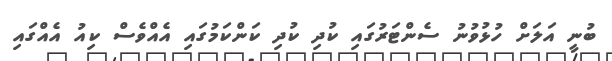
ބުނީ އަލަށް ހުޅުވުނު ސެންޓަރުގައި ކުދި ކުދި ކަންކަމުގައި އެއްވެސް ކިއު އެއްގައި